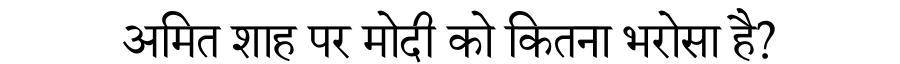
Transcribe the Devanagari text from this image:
अमित शाह पर मोदी को कितना भरोसा है?